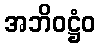
အဘိဝဋ္ဌံဝ